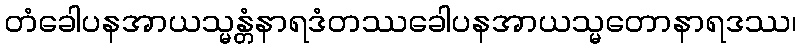
တံခေါပနအာယသ္မန္တံနာရဒံတဿခေါပနအာယသ္မတောနာရဒဿ၊